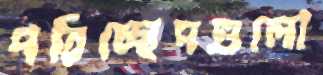
পরিচ্ছেদগুলো